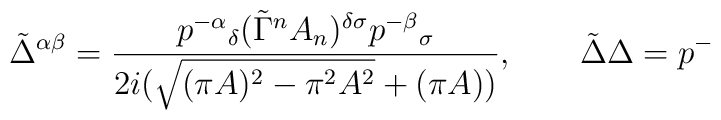
\tilde\Delta^{\alpha\beta}=\frac{p^{-\alpha}{}_\delta(\tilde\Gamma^nA_n)^{\delta\sigma}p^{-\beta}{}_\sigma}{2i\big(\sqrt{(\pi A)^2-\pi^2A^2}+(\pi A)\big)}, \qquad \tilde\Delta\Delta=p^-